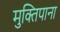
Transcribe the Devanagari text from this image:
मुक्तिपाना